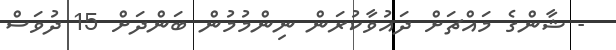
- ޝާންގެ މައްޗަށް ދައުވާކުރަން ނިންމުމުން ބަންދަށް 15 ދުވަސް